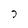
Character: 7